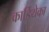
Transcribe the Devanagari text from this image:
कार्डियेका